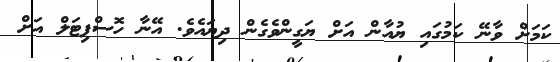
ކަމަށް ވާނޭ ކަމުގައި ޔުއާން އަށް ޔަގީންވެގެން ދިޔައެވެ. އޭނާ ހޮސްޕިޓަލް އަށް